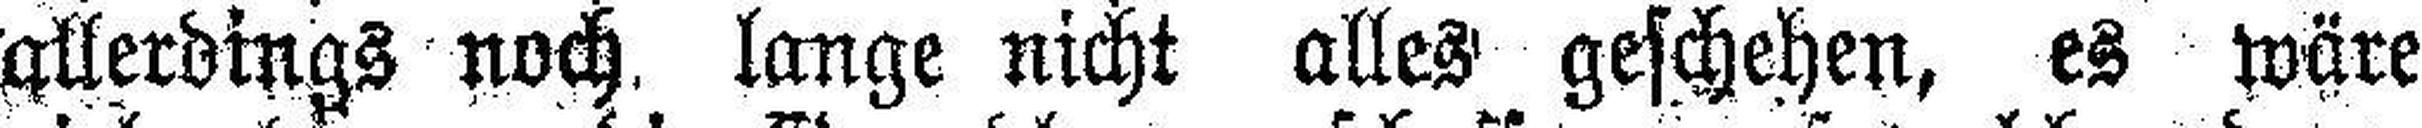
allerdings noch lange nicht alles geschehen, es wäre